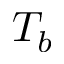
T _ { b }